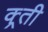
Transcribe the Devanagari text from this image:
क्र्ती